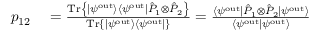
\begin{array} { r l } { p _ { 1 2 } } & { { } = \frac { \mathrm { T r } \left\{ | \psi ^ { \mathrm { o u t } } \rangle \langle \psi ^ { \mathrm { o u t } } | \hat { P } _ { 1 } \otimes \hat { P } _ { 2 } \right\} } { \mathrm { T r } \left\{ | \psi ^ { \mathrm { o u t } } \rangle \langle \psi ^ { \mathrm { o u t } } | \right\} } = \frac { \langle \psi ^ { \mathrm { o u t } } | \hat { P } _ { 1 } \otimes \hat { P } _ { 2 } | \psi ^ { \mathrm { o u t } } \rangle } { \langle \psi ^ { \mathrm { o u t } } | \psi ^ { \mathrm { o u t } } \rangle } } \end{array}